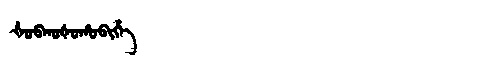
Manchu: ᡧᠣᠪᡴᠣᡧᠣᡥᠣᠪᡳᡥᡝ
Romanization: ŠOBKOŠOHOBIHE